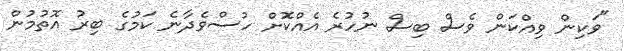
"ވަކިން ވިއްކަން ވެސް ބިސް ނުހުރެ އެއްކޮށް ހުސްވެދާނެ ކަމުގެ ބިރު އޮތުމުން